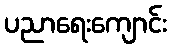
ပညာရေးကျောင်း